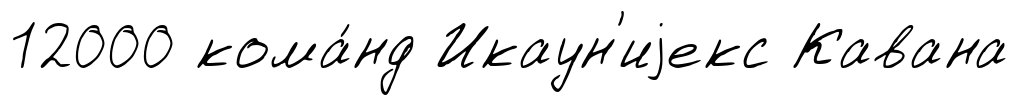
12000 кома́нд Икаун'иjекс Кавана